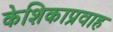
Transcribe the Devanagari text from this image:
केशिकाप्रवाह